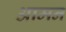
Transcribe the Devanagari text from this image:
आमन